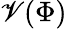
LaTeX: \mathscr{V}(\Phi)